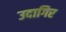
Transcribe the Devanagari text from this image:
उदागिर